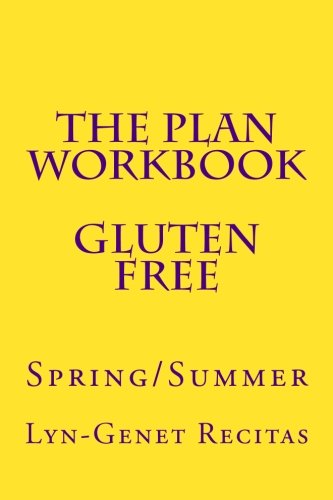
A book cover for The Plan Workbook Gluten Free: Spring/Summer; Lyn-Genet Recitas; Health, Fitness & Dieting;